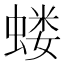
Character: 蝼